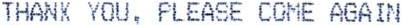
THANK YOU, PLEASE COME AGAIN